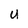
Character: u